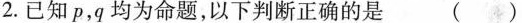
2.已知p，q均为命题，以下判断正确的是 ()